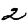
Digit: 2